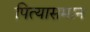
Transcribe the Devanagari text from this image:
पित्यासमान